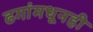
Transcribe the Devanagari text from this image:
ढगांमधूनही